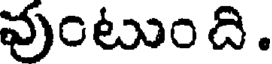
వుంటుంది.